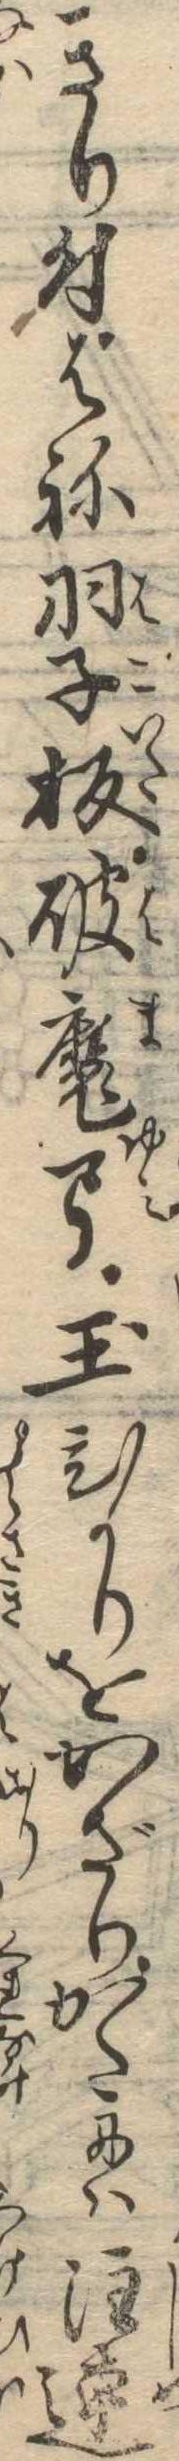
きり付はね羽子板破魔弓玉ひかりをかざりかたには注連